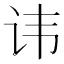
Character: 讳